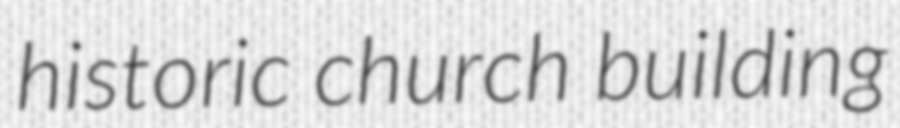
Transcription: historic church building